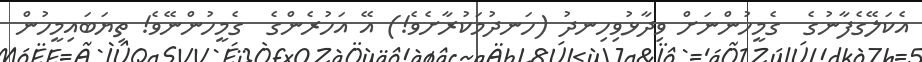
އެކަލޭގެފާނުގެ  ގެމީހުންނަށް ވިދާޅުވިހިނދު (ހަނދުމަކުރާށެވެ!) އޭ އަހުރެންގެ  ގެމީހުންނޭވެ! ތިޔަބައިމީހުން